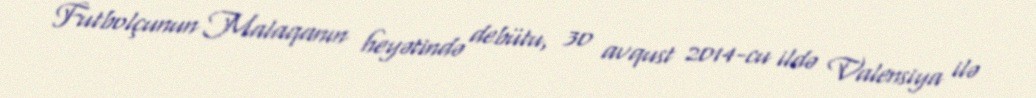
Futbolçunun Malaqanın heyətində debütu, 30 avqust 2014-cu ildə Valensiya ilə